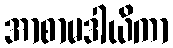
အာစာမဒါယိကာ